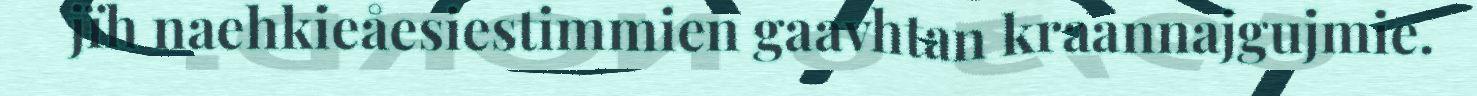
jïh naehkieåesiestimmien gaavhtan kraannajgujmie.